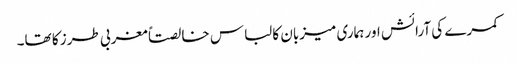
کمرے کی آرائش اور ہماری میزبان کا لباس خالصتاً مغربی طرز کا تھا۔